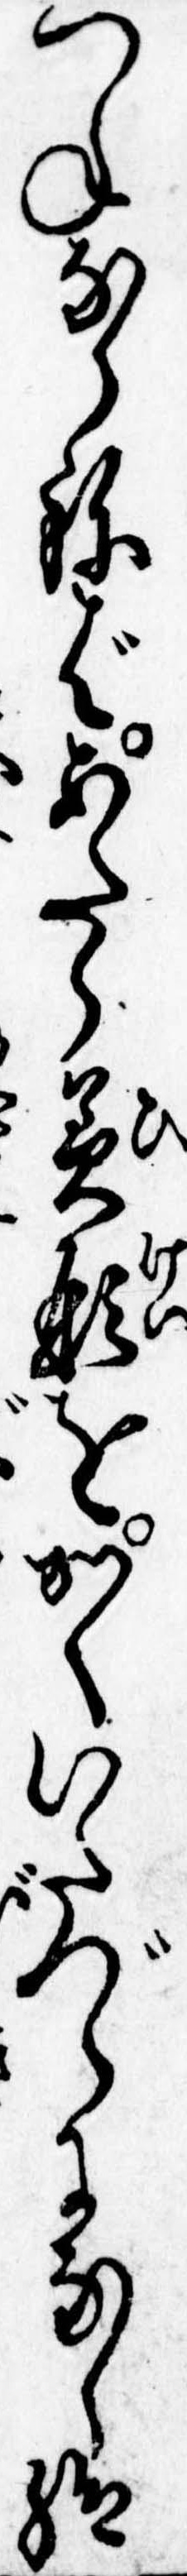
つねならねばあたら美形をかくいたづらになし給